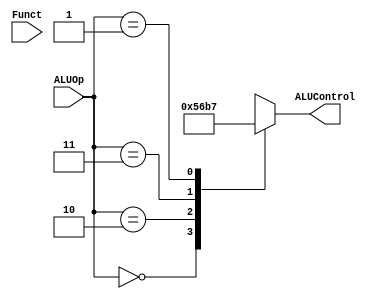
`timescale 1ns / 1ps
//////////////////////////////////////////////////////////////////////////////////
// Company: 
// Engineer: 
// 
// Design Name: 
// Module Name: ALUDec
// Project Name: 
// Target Devices: 
// Tool Versions: 
// Description: 
// 
// Dependencies: 
// 
// Revision:
// Revision 0.01 - File Created
// Additional Comments:
// 
//////////////////////////////////////////////////////////////////////////////////


module ALUDec(
    input [5:0] Funct,
    input [1:0] ALUOp,
    output reg [3:0] ALUControl);
    
    always@(*)
        case(ALUOp)
            3'b000: ALUControl <= 4'b0101;//add (for lw/sw/addi)
            3'b010: ALUControl <= 4'b0110;//sub (for beq)
            3'b011: ALUControl <= 4'b1011;//liu/slt/sltu
            3'b111: ALUControl <= 4'b1000;//ori
            3'b001: ALUControl <= 4'b0111;//andi
            3'b110: ALUControl <= 4'b1001;//xori
            default :case(Funct)        //R-type Instructions
                6'b100000: ALUControl <= 4'b0101;//add
                6'b100001: ALUControl <= 4'b0101;//addu
                6'b100010: ALUControl <= 4'b0110;//sub
                6'b100011: ALUControl <= 4'b0110;//subu
                6'b100100: ALUControl <= 4'b0111;//and
                6'b100101: ALUControl <= 4'b1000;//or
                6'b100110: ALUControl <= 4'b1001;//xor
                6'b100111: ALUControl <= 4'b1010;//nor
                6'b101010: ALUControl <= 4'b1011;//slt
                6'b101011: ALUControl <= 4'b1100;//sltu
                6'b000000: ALUControl <= 4'b0000;//sll
                6'b000010: ALUControl <= 4'b0010;//srl
                6'b000011: ALUControl <= 4'b0001;//sra
                6'b000100: ALUControl <= 4'b0000;//sllv
                6'b000110: ALUControl <= 4'b0010;//srlv
                6'b000111: ALUControl <= 4'b0001;//srav
                6'b011000: ALUControl <= 4'b0011;//mult
                6'b011001: ALUControl <= 4'b0011;//multu
                6'b011010: ALUControl <= 4'b0100;//div
                6'b011011: ALUControl <= 4'b0100;//divu
                6'b001000: ALUControl <= 4'b0101;//jr
                default:   ALUControl <= 4'bxxxx;//???
            endcase
        endcase  
endmodule